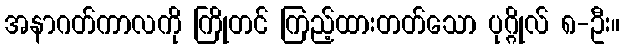
အနာဂတ်ကာလကို ကြိုတင် ကြည့်ထားတတ်သော ပုဂ္ဂိုလ် ၈-ဦး။